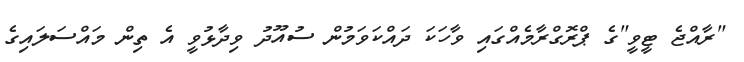
"ރާއްޖެ ޓީވީ"ގެ ޕްރޮގްރާމެއްގައި ވާހަކަ ދައްކަވަމުން ސުއޫދު ވިދާޅުވީ އެ ތިން މައްސަލައިގެ